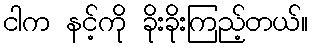
ငါက နင့်ကို ခိုးခိုးကြည့်တယ်။